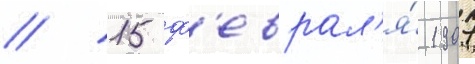
// 15 ф'еврал'я́ 1907